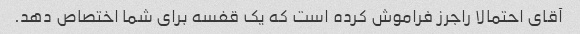
آقای احتمالا راجرز فراموش کرده است که یک قفسه برای شما اختصاص دهد.